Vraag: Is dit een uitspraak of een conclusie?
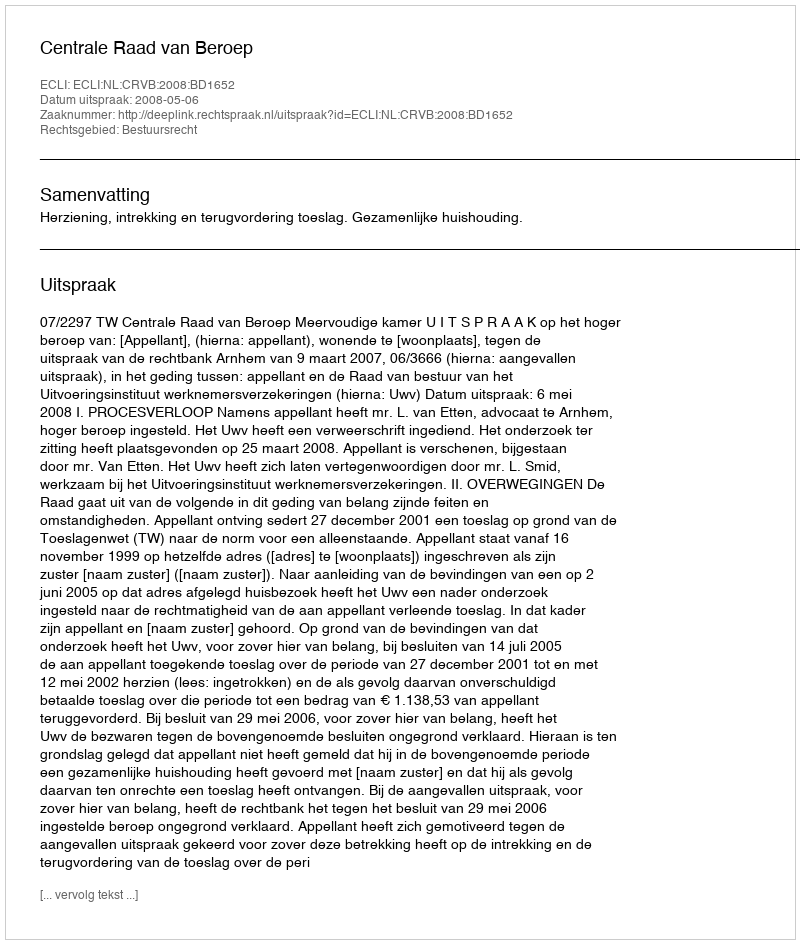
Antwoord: Uitspraak